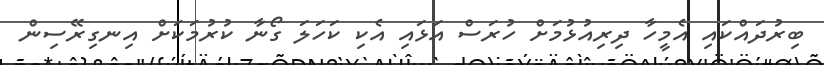
ބިރުދައްކައި އެމީހާ ދިރިއުޅުމަށް ހުރަސް އަޅައި އެކި ކަހަލަ ގޯނާ ކުރުމަކަށް އިނގިރޭސިން